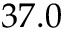
3 7 . 0